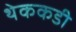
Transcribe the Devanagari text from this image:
थेककडी